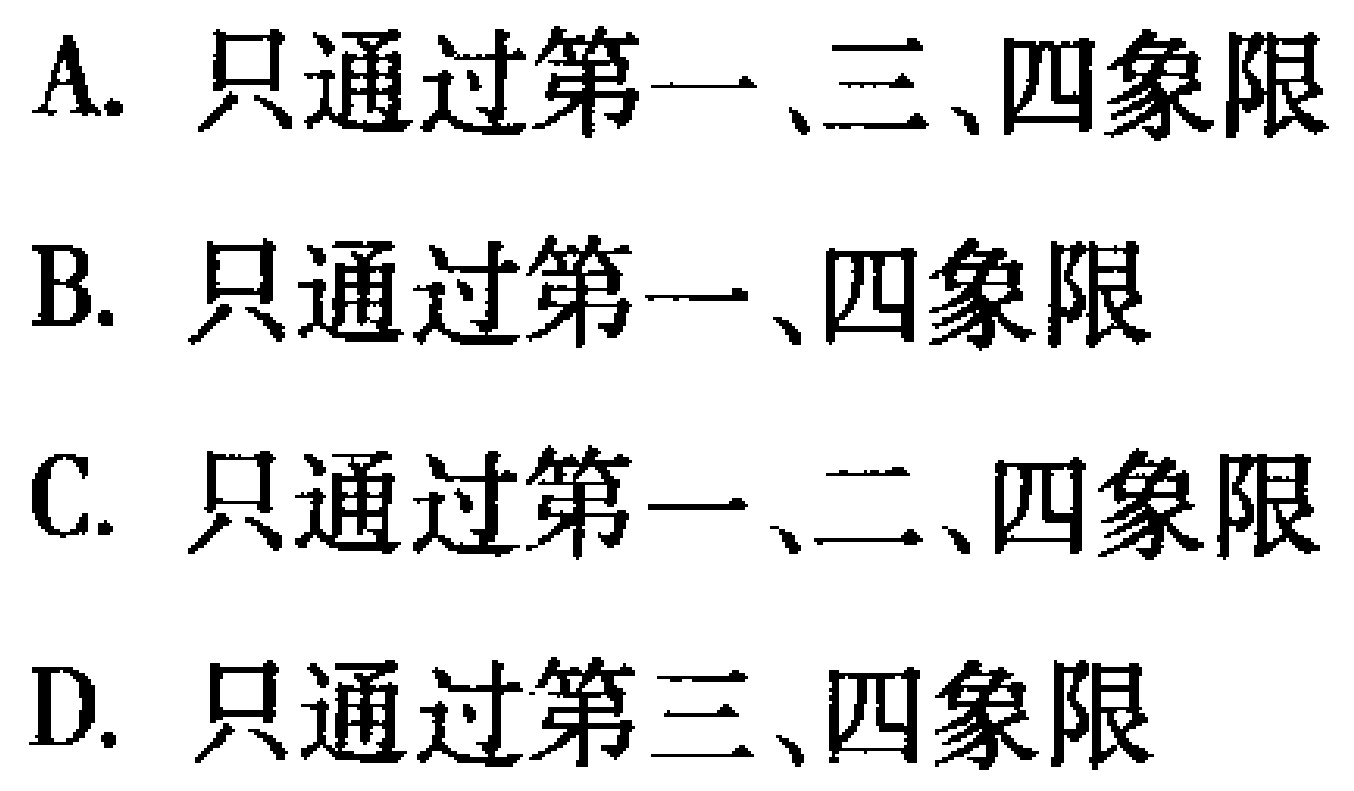
A. 只通过第一、三、四象限
B. 只通过第一、四象限
C. 只通过第一、二、四象限
D. 只通过第三、四象限